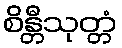
စိန္တီသုတ္တံ